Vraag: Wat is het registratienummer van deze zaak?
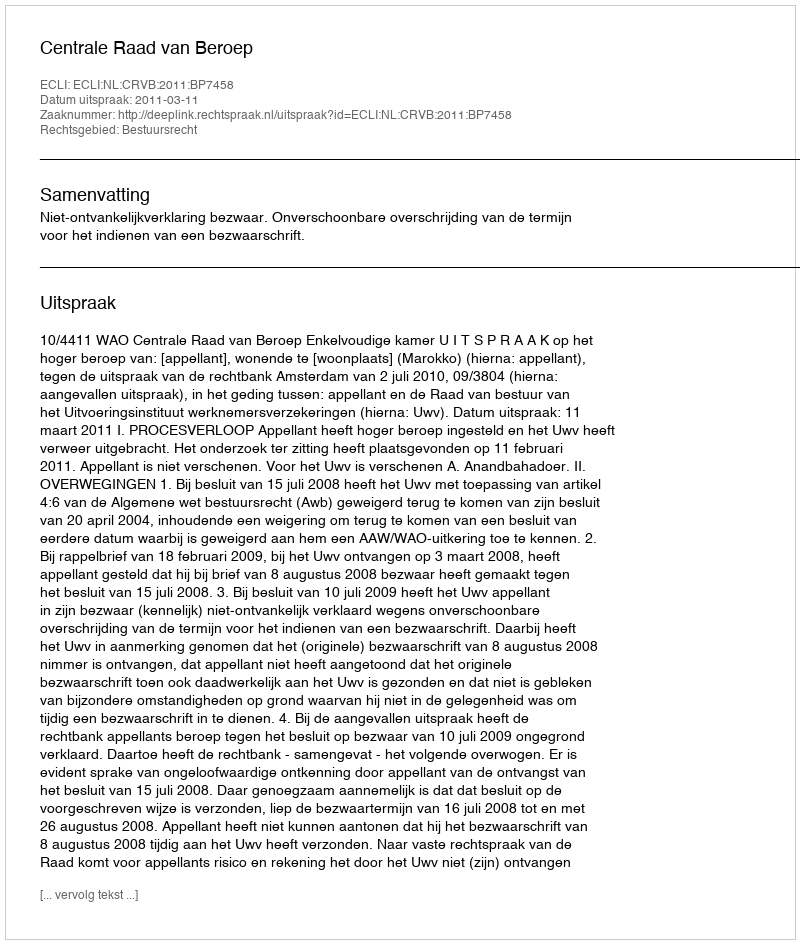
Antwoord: http://deeplink.rechtspraak.nl/uitspraak?id=ECLI:NL:CRVB:2011:BP7458